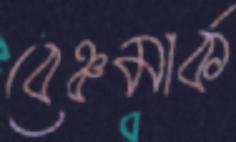
বেঞ্চমার্ক